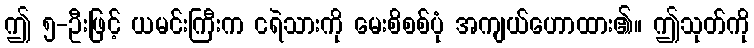
ဤ ၅-ဦးဖြင့် ယမင်းကြီးက ငရဲသားကို မေးစိစစ်ပုံ အကျယ်ဟောထား၏။ ဤသုတ်ကို